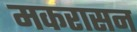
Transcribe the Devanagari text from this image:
मकरासन